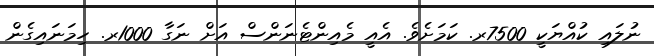
ނުލައި ކުއްޔަކީ 7500ރ. ކަމަށެވެ. އެއީ މެއިންޓެނަންސް އަށް ނަގާ 1000ރ. ހިމަނައިގެން